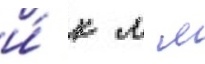
и́ к л м